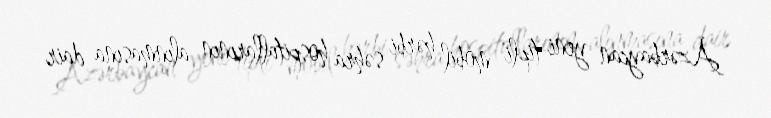
Azərbaycan yeni tipli mobil hərbi səhra hospitallarının alınmasına dair